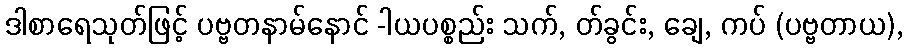
ဒါစာရေသုတ်ဖြင့် ပဗ္ဗတနာမ်နောင် -ါယပစ္စည်း သက်, တ်ခွင်း, ချေ, ကပ် (ပဗ္ဗတာယ),